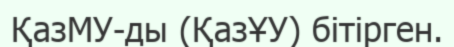
ҚазМУ-ды (ҚазҰУ) бітірген.